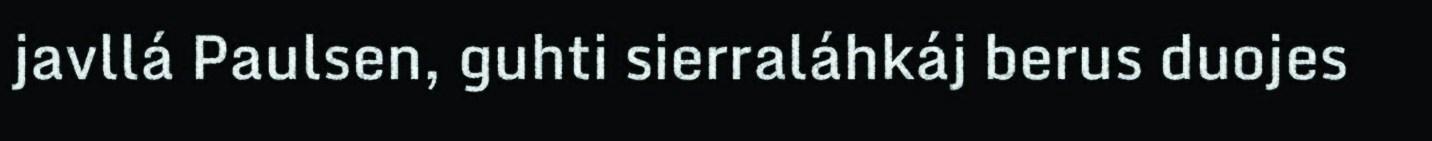
javllá Paulsen, guhti sierraláhkáj berus duojes